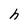
Character: h